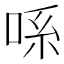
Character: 𫪈